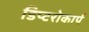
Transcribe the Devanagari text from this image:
डिप्टरोकार्प